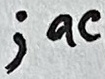
Text: ;ac